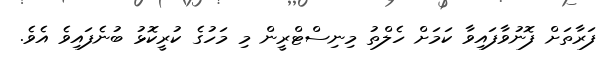
ފަރާތަށް ފޮނުވާފައިވާ ކަމަށް ހެލްތު މިނިސްޓްރީން މި މަހުގެ ކުރީކޮޅު ބުނެފައިވެ އެވެ.